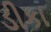
ડીકા